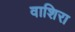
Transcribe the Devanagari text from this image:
वाशिरा